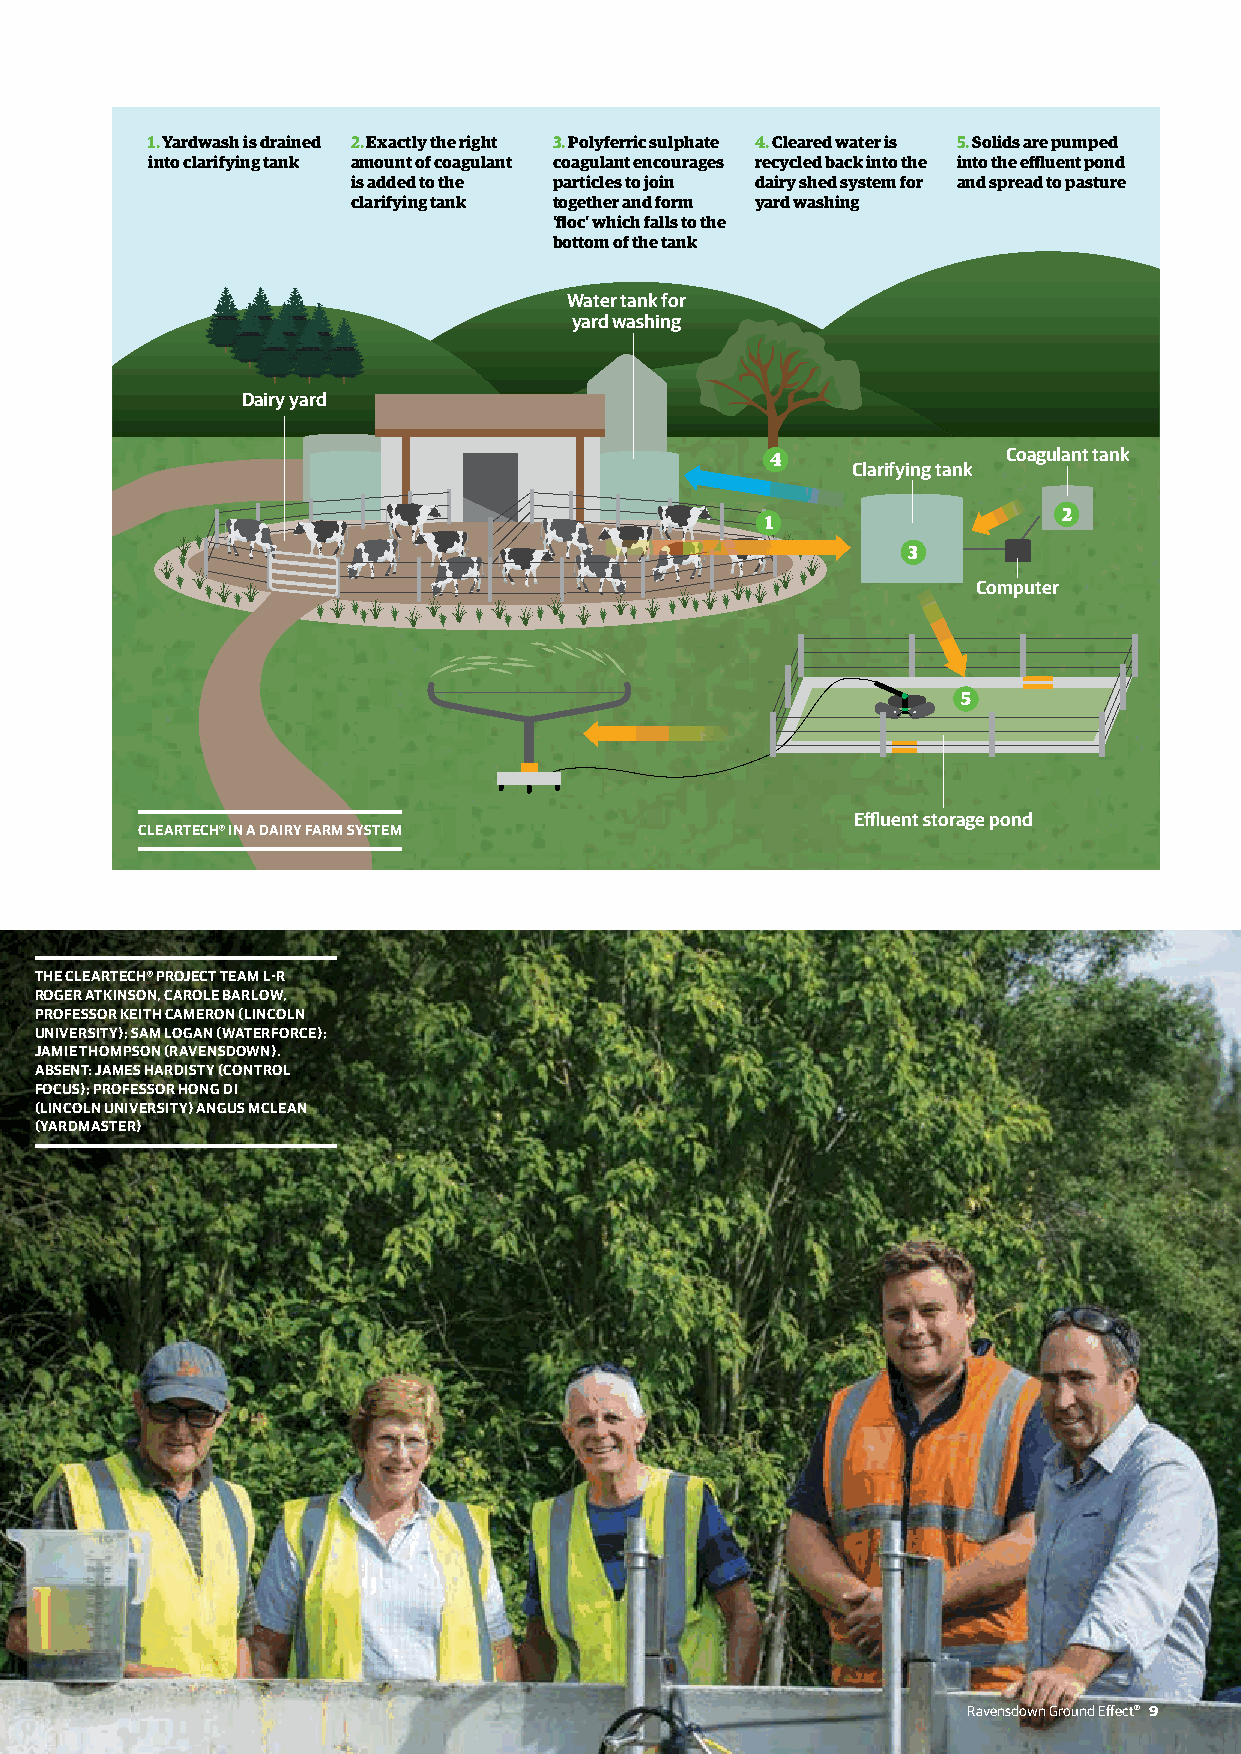
1. Yardwash is drained 2. Exactly the right 3. Polyferric sulphate 4. Cleared water is 5. Solids are pumped
 into clarifying tank amount of coagulant coagulant encourages recycled back into the into the effluent pond
 is added to the particles to join dairy shed system for and spread to pasture
 clarifying tank together and form yard washing
 'floc' which falls to the
 bottom of the tank
 Water tank for
 yard washing
 Dairy yard
 4               Coagulant tank
 Clarifying tank
 2
 1
 3
 Computer
 5
 Effluent storage pond
 CLEARTECH® IN A DAIRY FARM SYSTEM
 THE CLEARTECH® PROJECT TEAM L-R
 ROGER ATKINSON, CAROLE BARLOW,
 PROFESSOR KEITH CAMERON (LINCOLN
 UNIVERSITY); SAM LOGAN (WATERFORCE);
 JAMIE THOMPSON (RAVENSDOWN).
 ABSENT: JAMES HARDISTY (CONTROL
 FOCUS); PROFESSOR HONG DI
 (LINCOLN UNIVERSITY) ANGUS MCLEAN
 (YARDMASTER)
 Ravensdown Ground Effect® 9